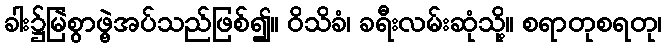
ခါး၌မြဲစွာဖွဲ့အပ်သည်ဖြစ်၍။ ဝိသိခံ၊ ခရီးလမ်းဆုံသို့။ စရာတုစရတု၊